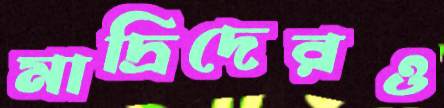
মাদ্রিদেরও